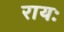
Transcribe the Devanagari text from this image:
रायः